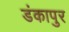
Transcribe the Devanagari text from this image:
डंकापुर